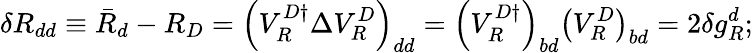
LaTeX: \delta R_{dd}\equiv\bar{R}_{d}-R_{D}=\left(V_{R}^{D\dagger}\Delta V_{R}^{D}\right)_{dd}=\left(V_{R}^{D\dagger}\right)_{bd}\left(V_{R}^{D}\right)_{bd}=2\delta g_{R}^{d};